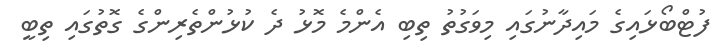
ފުޓްބޯޅައިގެ މައިދާނުގައި މިވަގުތު ތިބި އެންމެ މޮޅު ދެ ކުޅުންތެރިންގެ ގޮތުގައި ތިބީ